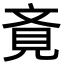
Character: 斍